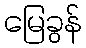
မြေခွန်